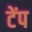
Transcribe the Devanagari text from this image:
टेंप